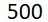
500